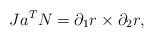
LaTeX: \begin{align*}J a^T N = \partial_1 r \times \partial_2 r,\end{align*}